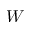
W